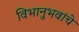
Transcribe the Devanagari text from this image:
विभानुभवांचे